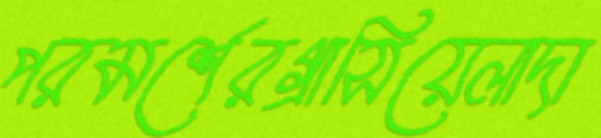
পরমর্শেরগ্রাসিয়েলাদা